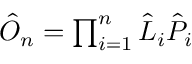
\begin{array} { r } { \hat { O } _ { n } = \prod _ { i = 1 } ^ { n } \hat { L } _ { i } \hat { P } _ { i } } \end{array}